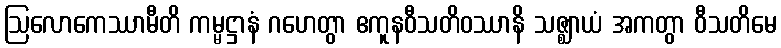
ဩလောကေဿာမီတိ ကမ္မဋ္ဌာနံ ဂဟေတွာ ဧကူနဝီသတိဝဿာနိ သဇ္ဈာယံ အကတွာ ဝီသတိမေ